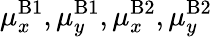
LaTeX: \mu_{x}^{\mathrm{B}1},\mu_{y}^{\mathrm{B}1},\mu_{x}^{\mathrm{B}2},\mu_{y}^{\mathrm{B}2}